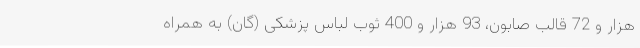
هزار و 72 قالب صابون، 93 هزار و 400 ثوب لباس پزشکی (گان) به همراه